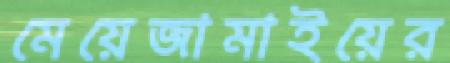
মেয়েজামাইয়ের